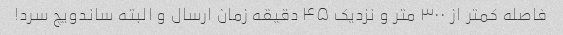
فاصله کمتر از ۳۰۰ متر و نزدیک ۴۵ دقیقه زمان ارسال و البته ساندویچ سرد!